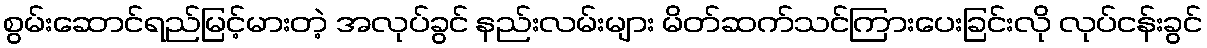
စွမ်းဆောင်ရည်မြင့်မားတဲ့ အလုပ်ခွင် နည်းလမ်းများ မိတ်ဆက်သင်ကြားပေးခြင်းလို လုပ်ငန်းခွင်